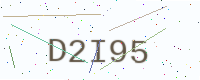
Text: D2I95